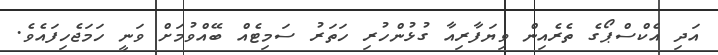
އަދި އެކްސްޕޯގެ ތެރެއިން ވިޔަފާރިއާ ގުޅުންހުރި ހަތަރު ސަމިޓެއް ބޭއްވުމަށް ވަނީ ހަމަޖެހިފައެވެ.